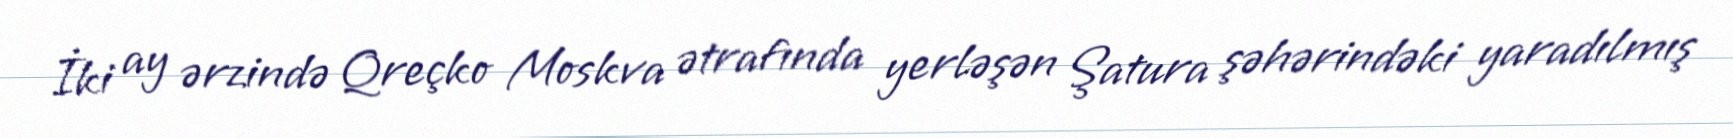
İki ay ərzində Qreçko Moskva ətrafında yerləşən Şatura şəhərindəki yaradılmış